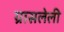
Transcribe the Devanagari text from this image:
ग्रासलेली